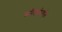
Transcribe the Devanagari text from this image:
समैलांपर्यंत